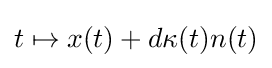
t\mapsto x(t)+d\kappa (t)n(t)